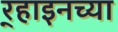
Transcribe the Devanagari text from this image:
र्‍हाइनच्या